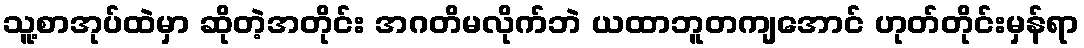
သူ့စာအုပ်ထဲမှာ ဆိုတဲ့အတိုင်း အဂတိမလိုက်ဘဲ ယထာဘူတကျအောင် ဟုတ်တိုင်းမှန်ရာ